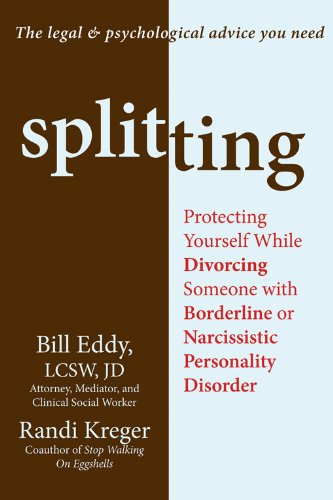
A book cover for Splitting: Protecting Yourself While Divorcing Someone with Borderline or Narcissistic Personality Disorder; Bill Eddy; Parenting & Relationships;